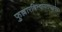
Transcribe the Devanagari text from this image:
फुल्लारविन्दायतपत्रनेत्र।